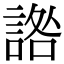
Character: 䛮